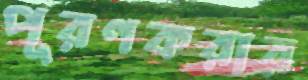
পূরণকরার